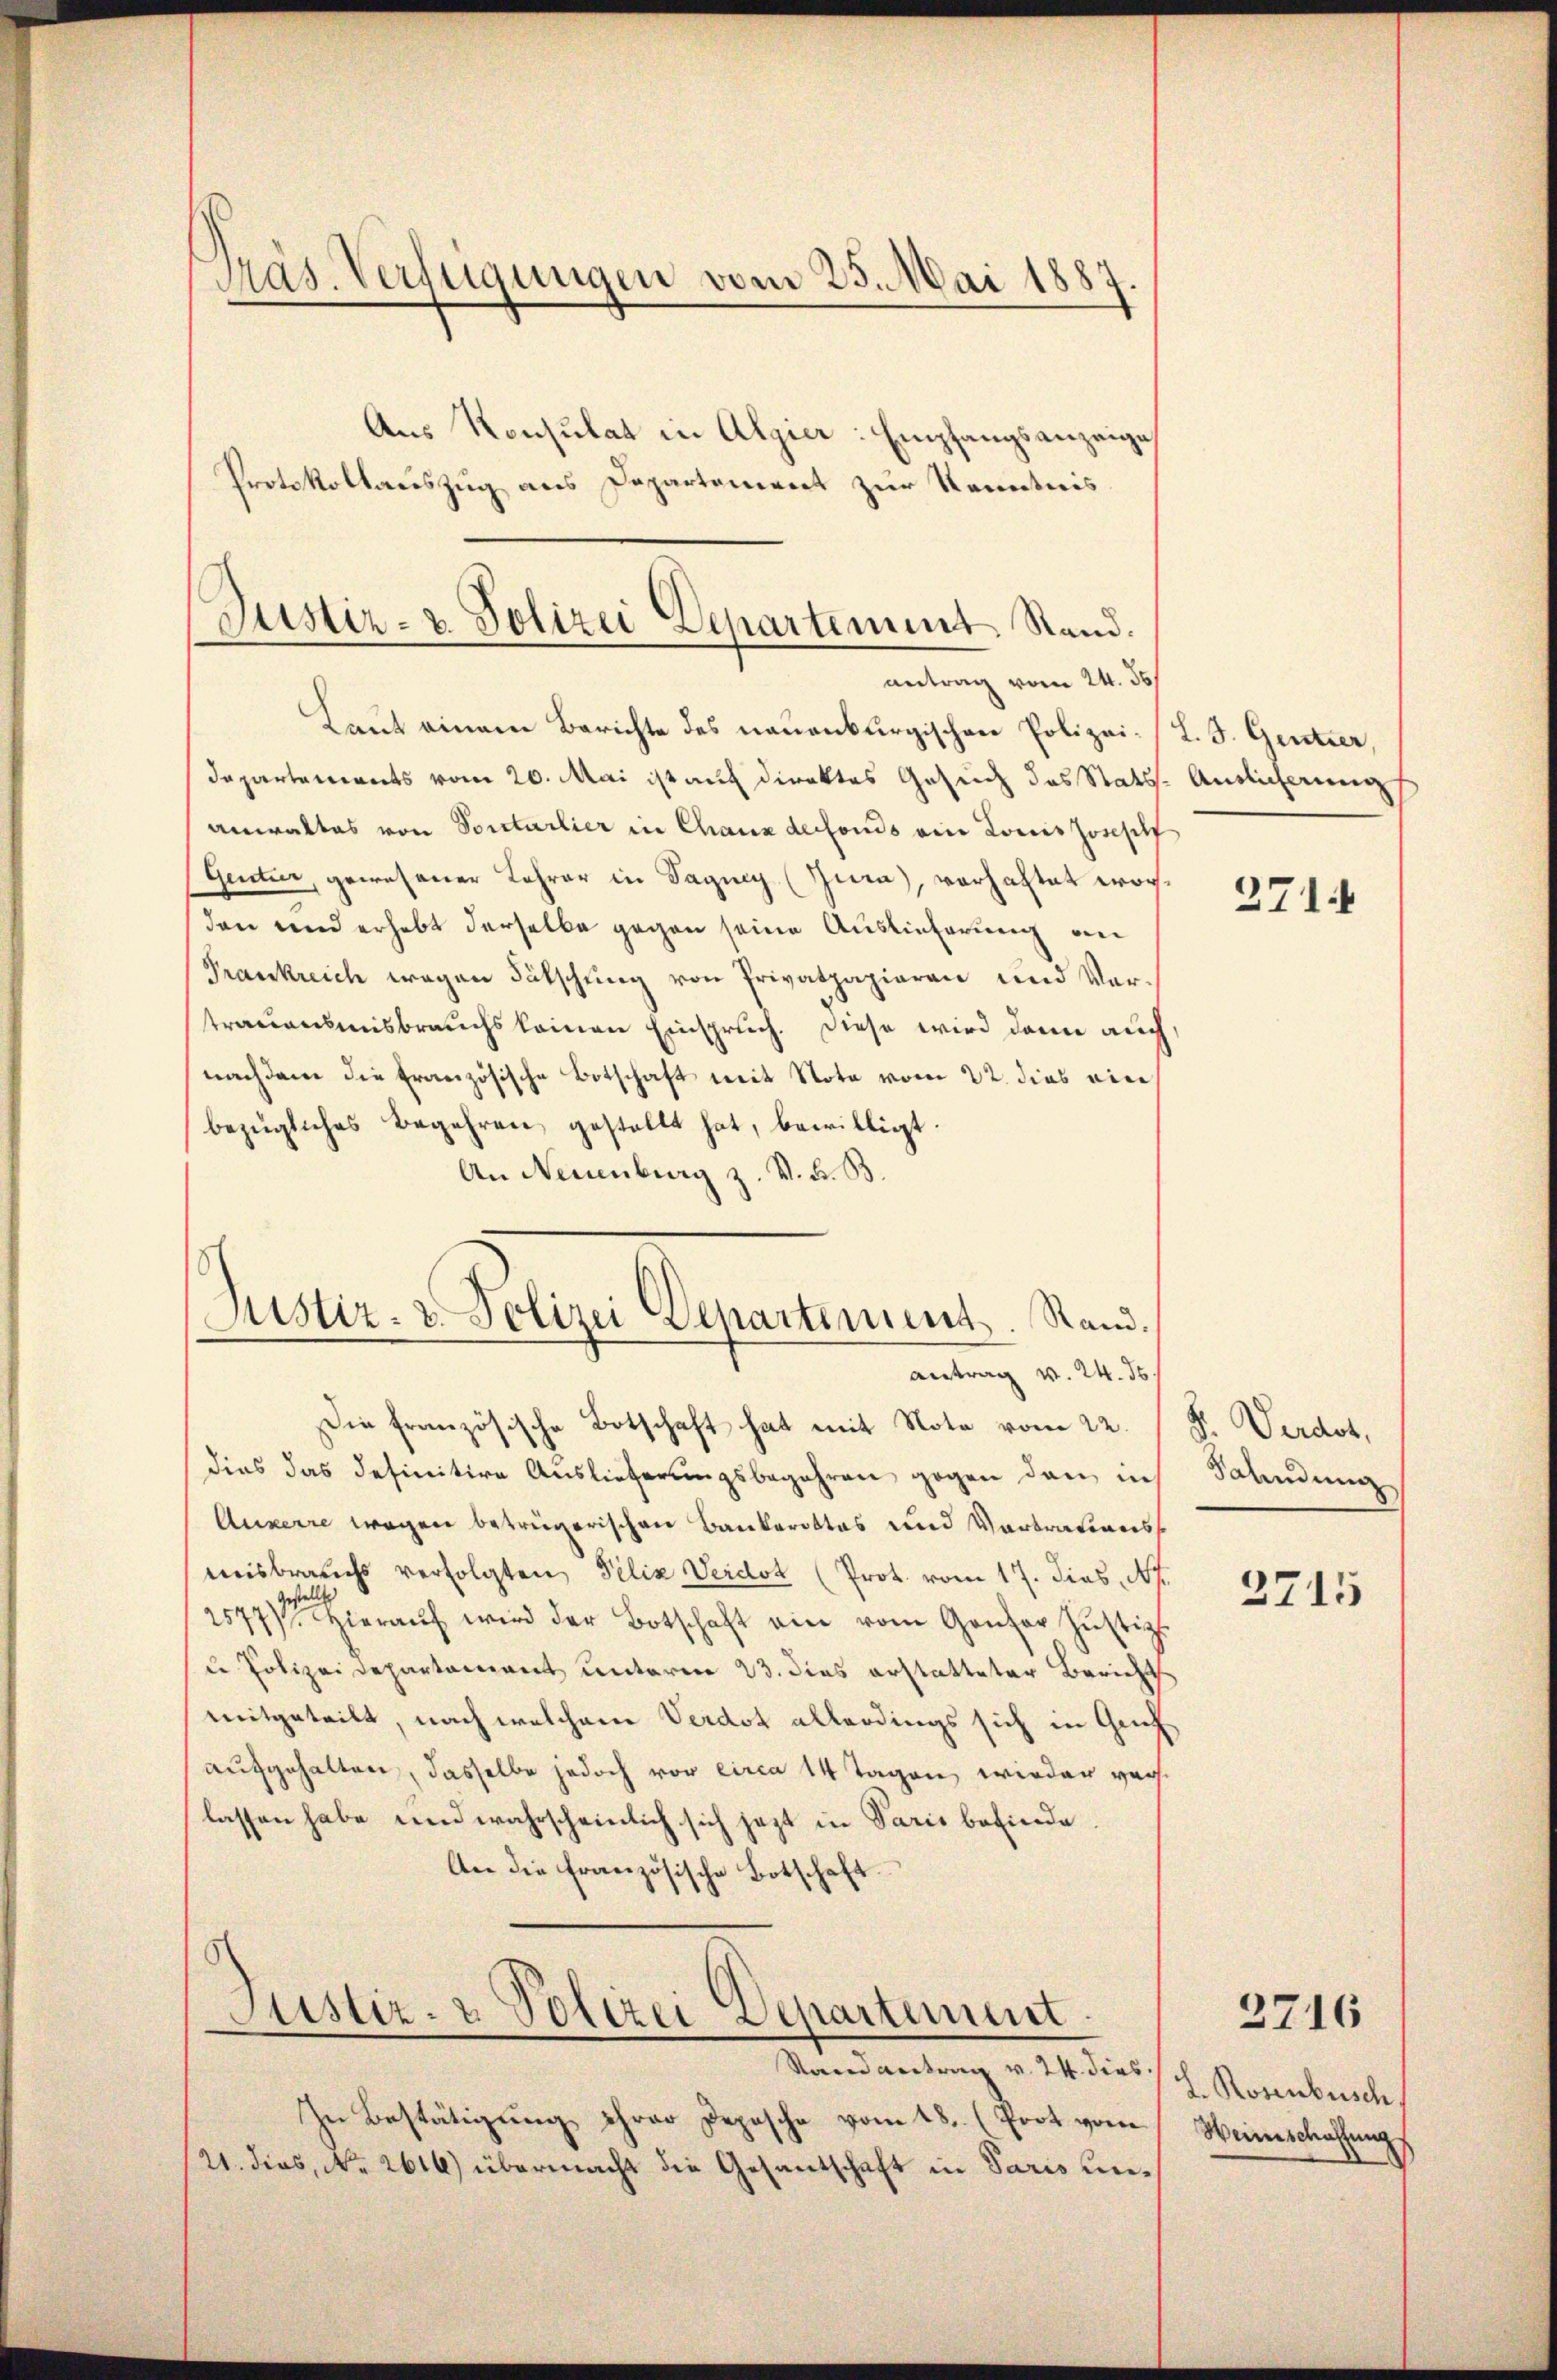
Präs. Verfügungen vom 25. Mai 1887.

Aus Konsulat in Algier: Empfangsanzeige
Protokollauszug aus Departement zur Kenntnis
Laut einem Berichte des neuenburgischen Polizei- L. F. Gentier,
Dapartements vom 20. Mai ist auf direktes Gesuch das Stats-Auslicherung
anwaltes von Sontarlier in Chaux de fonds ein Louis Joseph
Gentier, gewesener Lehrer in Sagney (Jura), vorhaltet worden und erhebt derselbe gegen seine Auslieferung an
Frankreich wegen Fälschung von Privatpapieren und Vertrauensmisbrauchs keinen Einspruch. Diese wird dann auch
nachdem die Französische Botschaft mit Nota vom 22. dies ein
bezügliches Begehren gestellt hat, bewilligt
An Neuenburg z. V. K. B.
Justiz- & Polizei Departement. Stand.

Justiz- & Polizei Departement Stand.
antrag vom 24. 55

antrag v. 24. ds.

Die französische Botschaft hat mit Note vom 22. F. Verdot,
dies das definitive Auslieferungsbegehren gegen dann, in
Auxerre wegen betrügerischen Bankerottos und Vertrations
misbrauchs verfolgten Felix Verdot (Prot. vom 17. dies, N.
1577) Hieraŭf wird der Botschaft ein vom Genfer Justiz-
u Polizeidepartement unterm 23. dies erstatteter Bericht
mitgeteilt, nach welchem Verdot allerdings sich in Griechaufgehalten, dasselbe jedoch vor circa 14 Tagen wieder verlassen habe und wahrscheinlich sich jetzt in Paris befinde.
An die französische Botschaft
Aiustiz- & Polizei Departement.
Stand antrag v. 24. dies
In Bestätigung ihrer Depesche vom 18. (Prot vom Weinschaffungs
21. dies, No. 2616) übermacht die Gesantschaft in Paris un¬

271

Sendung

2715

3716

L. Rosenbusch